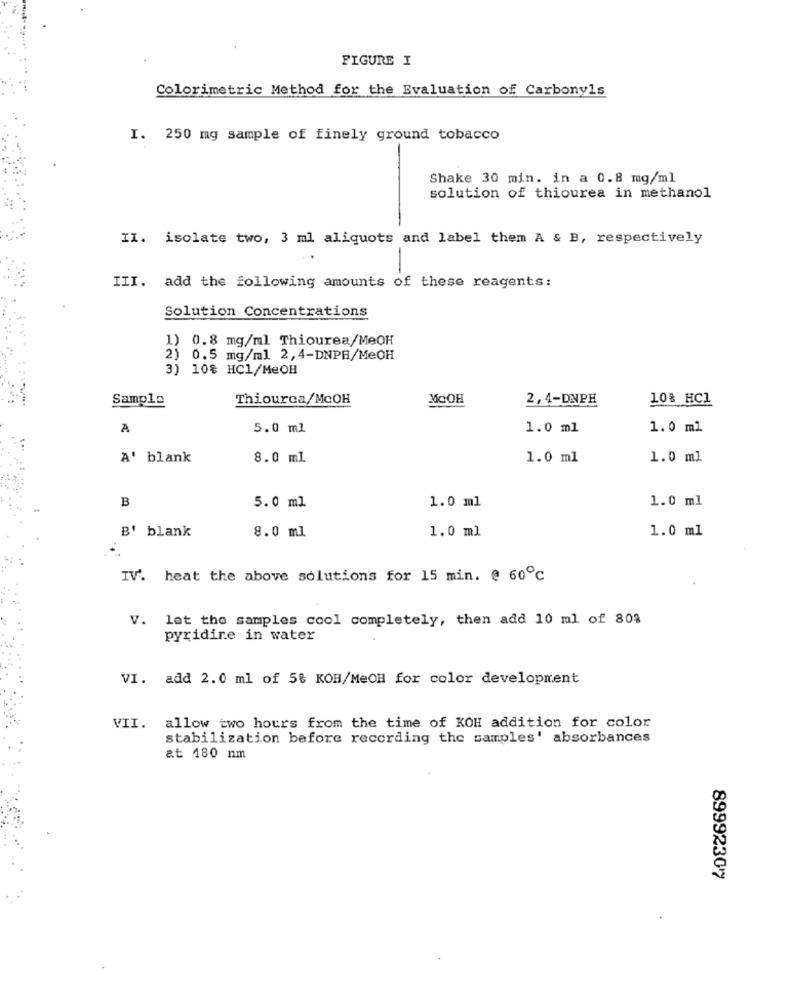
FIGURE I
Colorimetric Method for the Evaluation of Carbonyls
I. 250 mg sample of finely ground tobacco
Shake 30 min. in a 0.8 mg/ml
solution of thiourea in methanol
II. isolate two, 3 ml aliquots and label them A & B, respectively
III. add the following amounts of these reagents:
Solution Concentrations
1) 0.8 mg/ml Thiourea/MeOH
2) 0.5 mg/ml 2,4-DNPB/MeOH
3) 10% HC1/MeOH
Sample
Thiourca/McOH
MOOH
2, 4-DNPH
10% HC1
A
5.0 ml
1.0 ml
1.0 ml
A' blank
8.0 ml
1.0 ml
1.0 ml
B
1.0 ml
1.0 ml
5.0 ml
B' blank
8.0 ml
1.0 ml
1.0 ml
IV'. heat the above solutions for 15 min. @ 60℃
V. let the samples cool completely, then add 10 ml of 808
pyridire in water
VI. add 2.0 ml of 5% KOH/MeOH for color development
VII. allow two hours from the time of KOH addition for color
stabilization before recording the samples' absorbances
at 180 nm
89992307